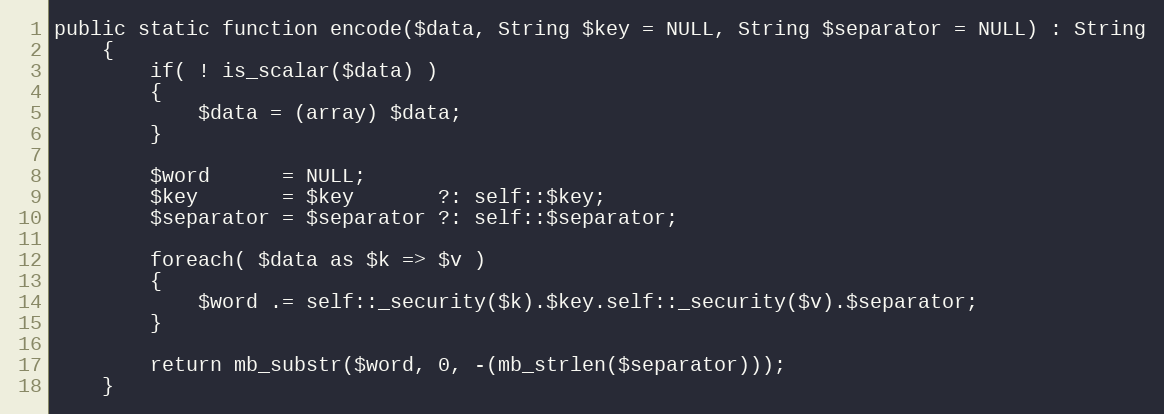
Language: PHP
public static function encode($data, String $key = NULL, String $separator = NULL) : String
    {
        if( ! is_scalar($data) )
        {
            $data = (array) $data;
        }

        $word      = NULL;
        $key       = $key       ?: self::$key;
        $separator = $separator ?: self::$separator;

        foreach( $data as $k => $v )
        {
            $word .= self::_security($k).$key.self::_security($v).$separator;
        }

        return mb_substr($word, 0, -(mb_strlen($separator)));
    }